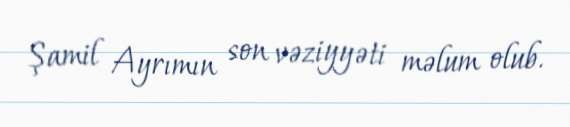
Şamil Ayrımın son vəziyyəti məlum olub.